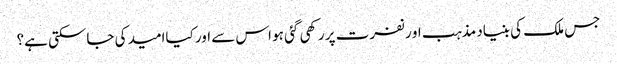
جس ملک کی بنیاد مذہب او رنفرت پر رکھی گئی ہو اس سے اور کیاامید کی جاسکتی ہے؟